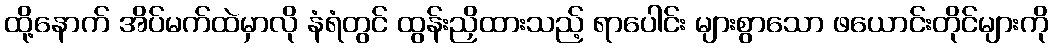
ထို့နောက် အိပ်မက်ထဲမှာလို နံရံတွင် ထွန်းညှိထားသည့် ရာပေါင်း များစွာသော ဖယောင်းတိုင်များကို